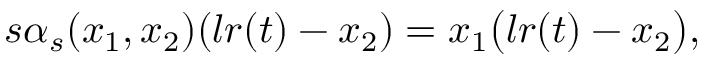
\begin{array} { r } { s \alpha _ { s } ( x _ { 1 } , x _ { 2 } ) ( l r ( t ) - x _ { 2 } ) = x _ { 1 } \big ( l r ( t ) - x _ { 2 } \big ) , } \end{array}